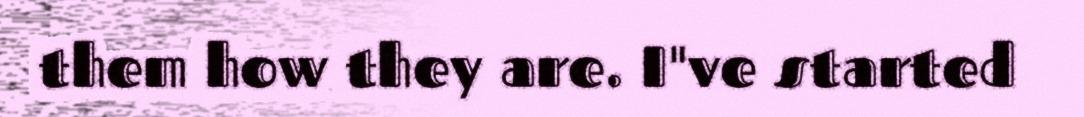
them how they are. I"ve started